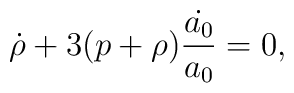
\dot{\rho} + 3(p+\rho) \frac{\dot{a_0}}{a_0}  =0,